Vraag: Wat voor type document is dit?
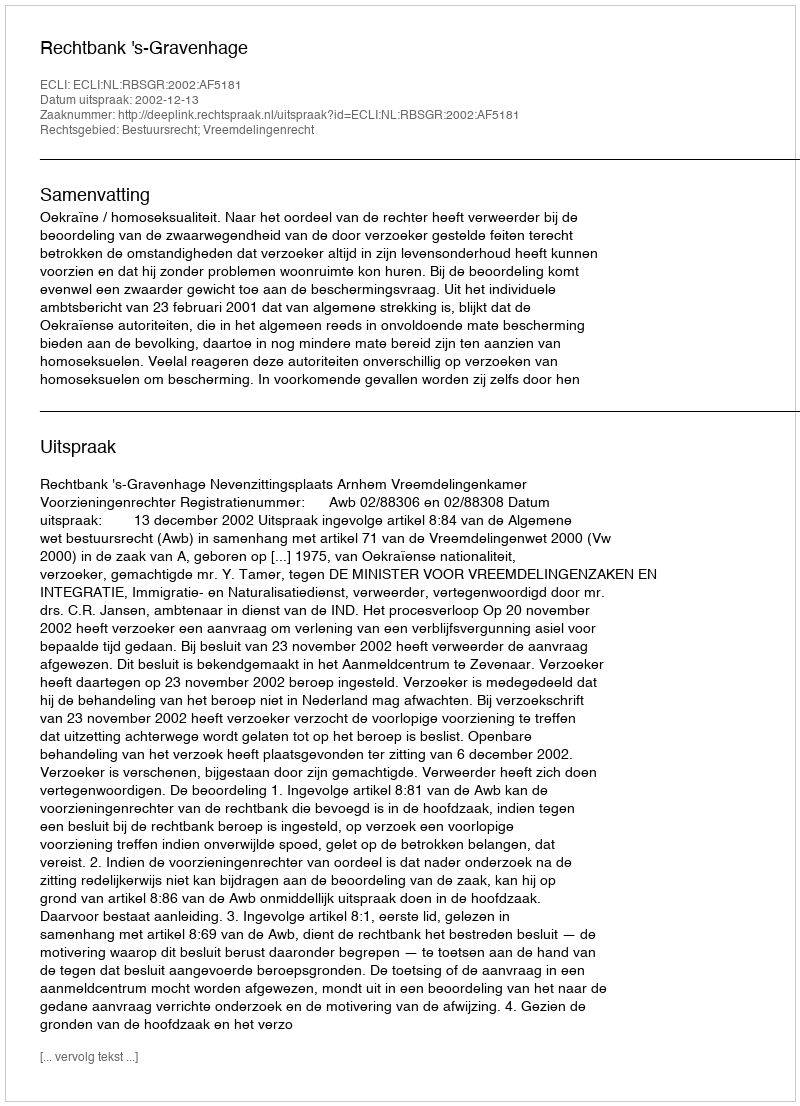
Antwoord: Uitspraak